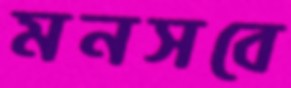
মনসবে